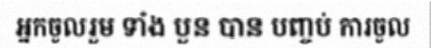
អ្នកចូលរួម ទាំង បួន បាន បញ្ចប់ ការចូល